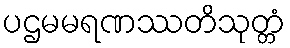
ပဌမမရဏဿတိသုတ္တံ